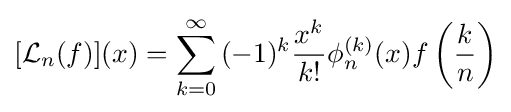
[{\mathcal {L}}_{n}(f)](x)=\sum _{k=0}^{\infty }{(-1)^{k}{\frac {x^{k}}{k!}}\phi _{n}^{(k)}(x)f\left({\frac {k}{n}}\right)}